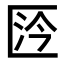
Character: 𠥴